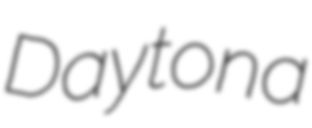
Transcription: Daytona